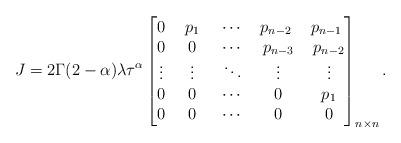
LaTeX: \begin{align*} J=2\Gamma(2-\alpha)\lambda\tau^\alpha\left[\begin{matrix} 0 &~ p_1 &~\cdots &p_{n-2} & p_{n-1} \\ 0&~ 0 &~\cdots& ~p_{n-3}& ~p_{n-2}\\ \vdots&~ \vdots &~ \ddots & ~\vdots& ~\vdots\\ 0 & ~0 &~\cdots&~ 0&~p_1 \\ 0& ~0& ~\cdots& ~0& ~0\\\end{matrix}\right]_{n\times n}.\end{align*}